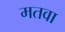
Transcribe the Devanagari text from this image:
मतवा